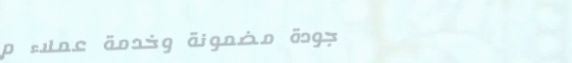
جودة مضمونة وخدمة عملاء م